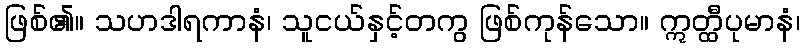
ဖြစ်၏။ သဟဒါရကာနံ၊ သူငယ်နှင့်တကွ ဖြစ်ကုန်သော။ ဣတ္ထီပုမာနံ၊